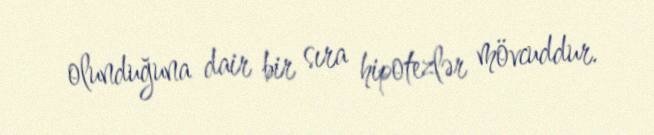
olunduğuna dair bir sıra hipotezlər mövcuddur.